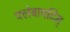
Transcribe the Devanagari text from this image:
फ्लेबायटिस्